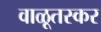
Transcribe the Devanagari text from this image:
वाळूतस्कर